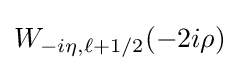
W_{-i\eta ,\ell +1/2}(-2i\rho )